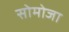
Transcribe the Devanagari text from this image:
सोमोजा